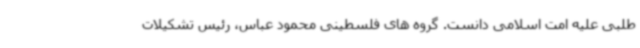
طلبی علیه امت اسلامی دانست. گروه های فلسطینی محمود عباس، رئیس تشکیلات